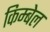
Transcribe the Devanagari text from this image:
किम्बेल